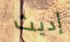
إديث